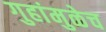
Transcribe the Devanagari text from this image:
गुहांमुळेच